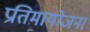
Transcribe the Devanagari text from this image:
प्रतिमायोजना